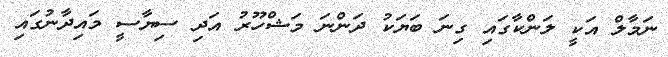
ނަމާލް އަކީ ލަންކާގައި ގިނަ ބަޔަކު ދަންނަ މަޝްހޫރު އަދި ސިޔާސީ މައިދާނުގައި